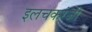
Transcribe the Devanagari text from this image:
इलचकरंजी